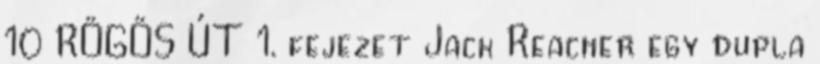
10 RÖGÖS ÚT 1. fejezet Jack Reacher egy dupla